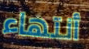
أنتهاء